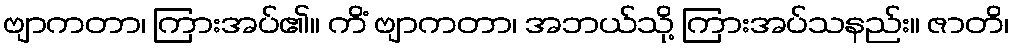
ဗျာကတာ၊ ကြားအပ်၏။ ကိံ ဗျာကတာ၊ အဘယ်သို့ ကြားအပ်သနည်း။ ဇာတိ၊